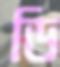
ডি